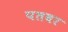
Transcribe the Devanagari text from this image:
पतवर